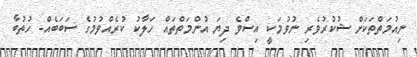
ނިއުމަތްތަކަށް ޝުކުރުވެރި ނުވުމަކީ އިސްވެ ދިޔަ އުންމަތްތައް ހަލާކު ކުރެއްވުމުގެ ސަބަބެއް- ހުުތުބާ